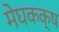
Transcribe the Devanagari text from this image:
मेघकक्ष